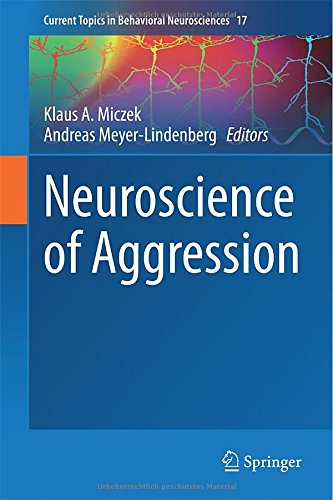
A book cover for Neuroscience of Aggression (Current Topics in Behavioral Neurosciences); Medical Books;